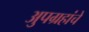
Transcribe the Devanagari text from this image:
अुपग्रहांचे